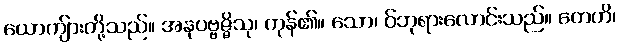
ယောကျ်ားတို့သည်။ အနုပဗ္ဗဇ္ဇိသု၊ ကုန်၏။ သော၊ ဝ်ဘုရားလောင်းသည်။ တေဟိ၊